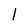
Character: l